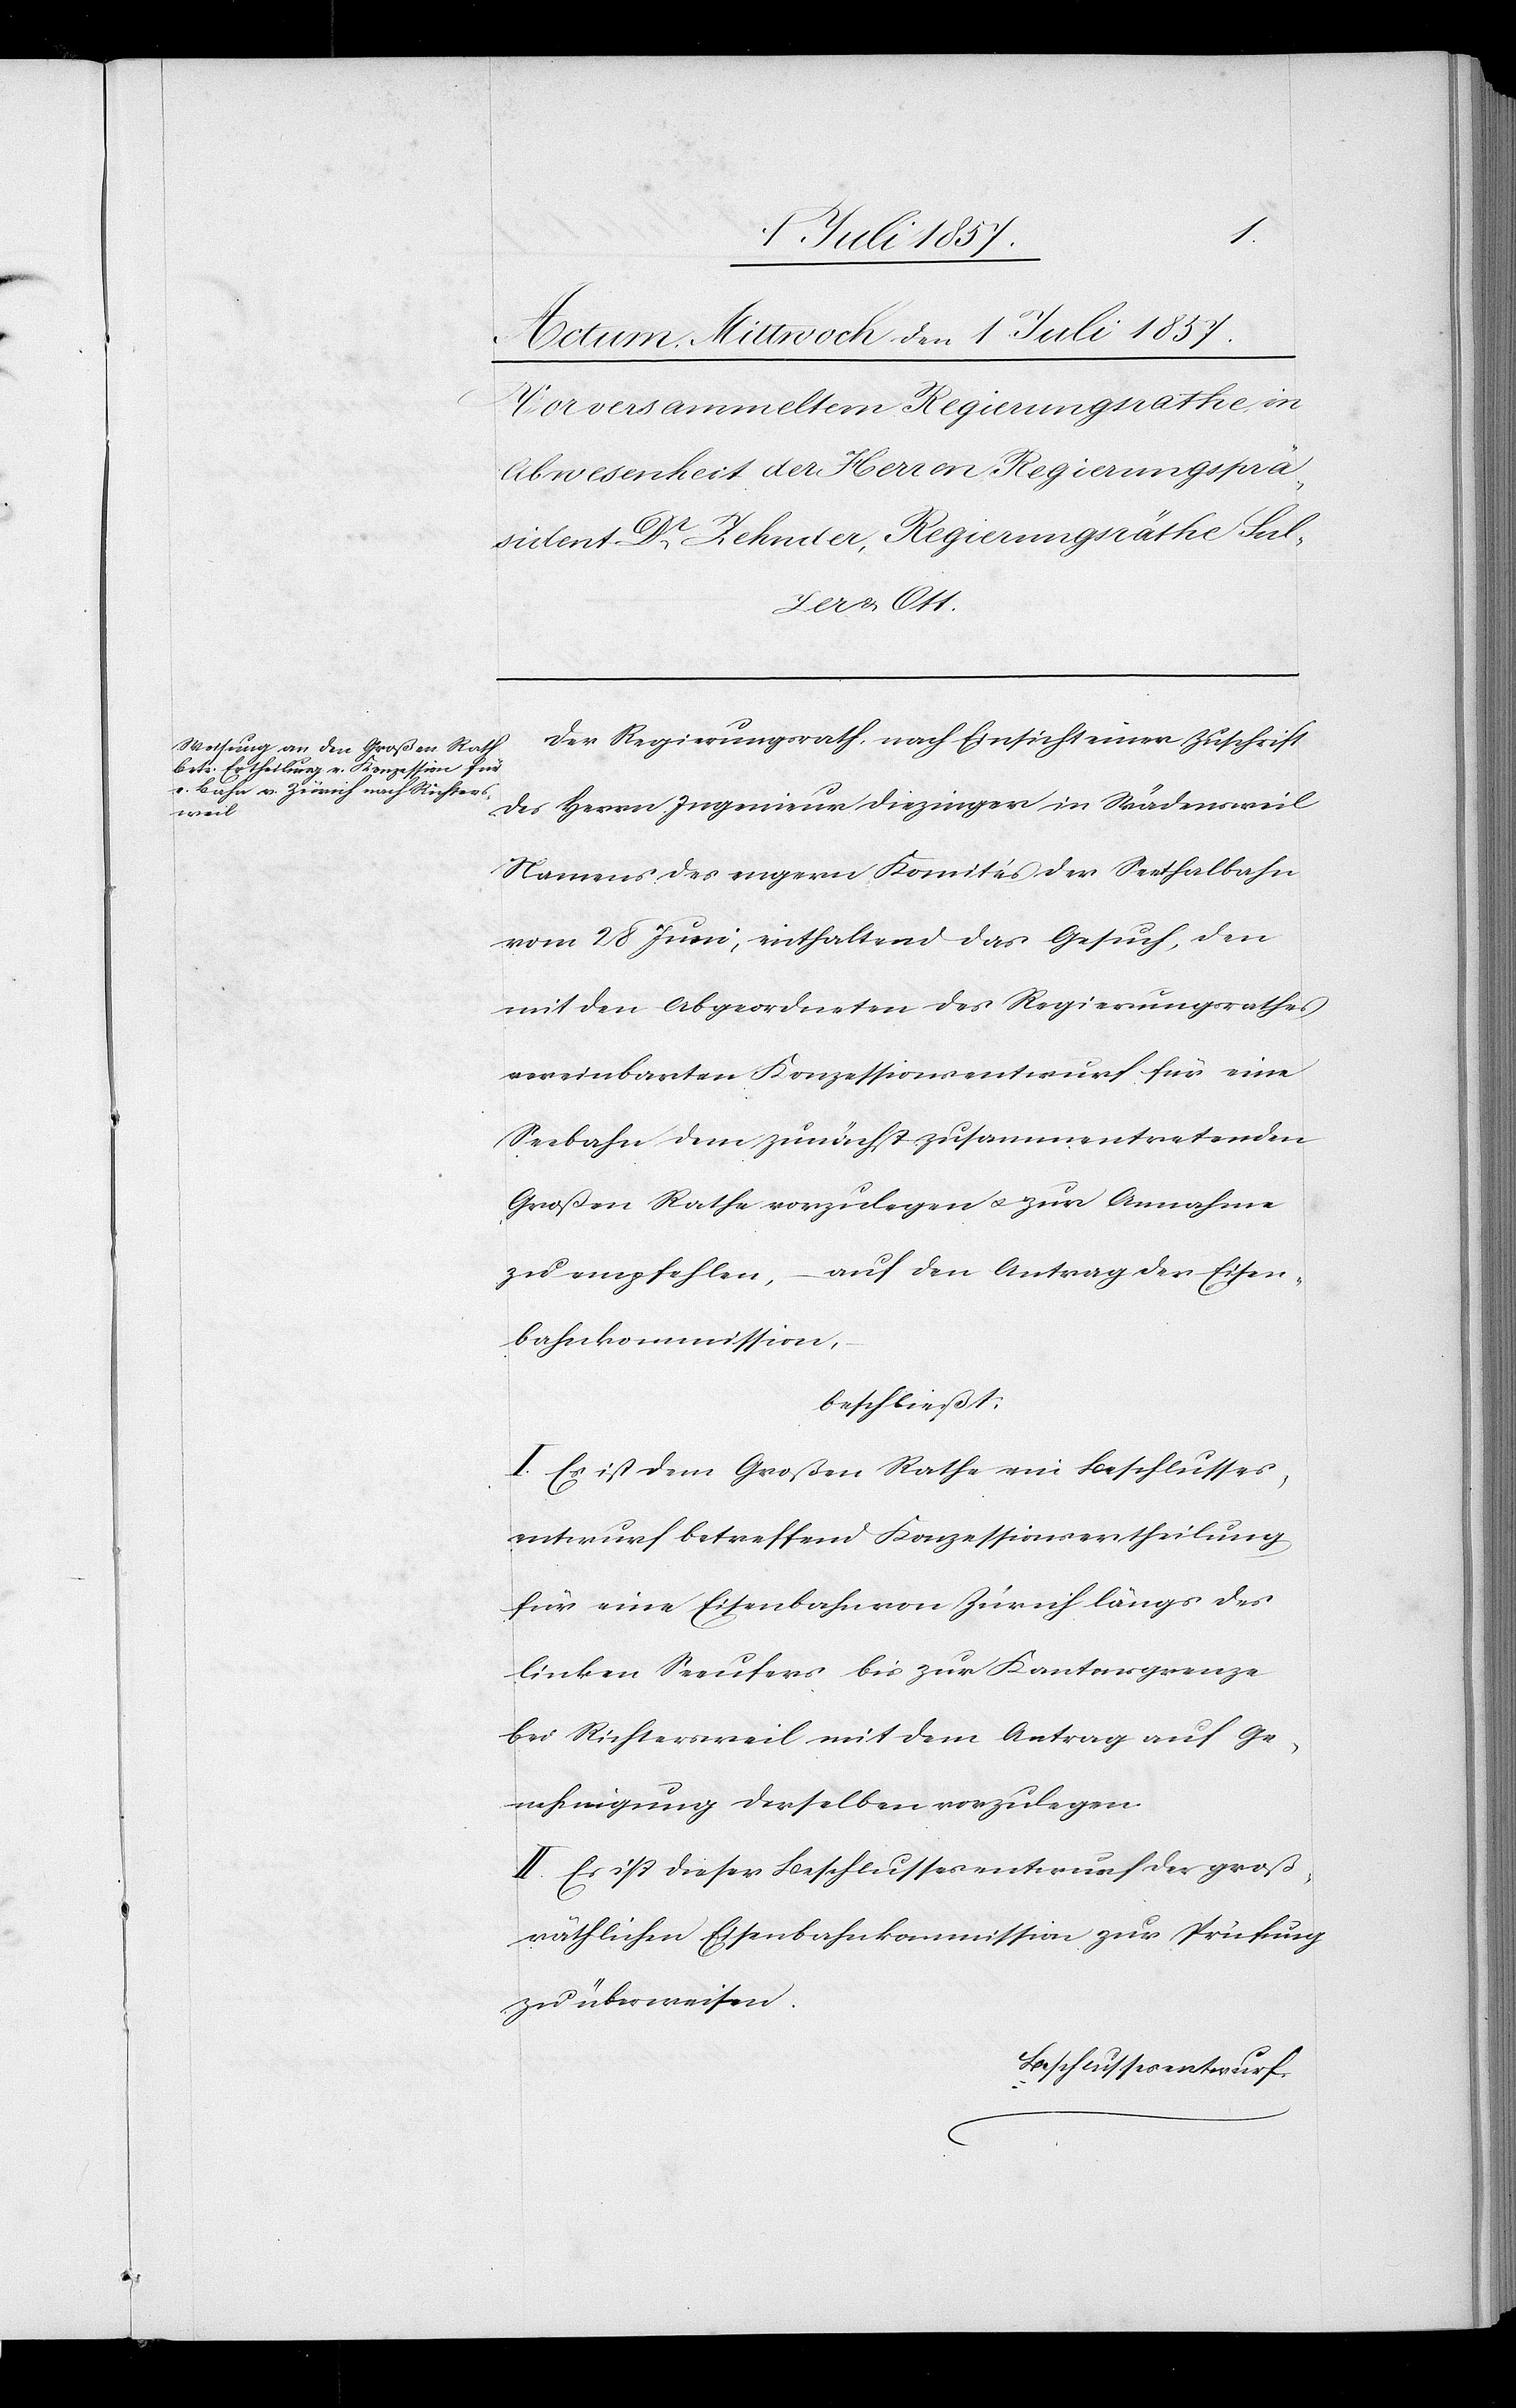
Der Regierungsrath, nach Einsicht einer Zuschrift
des Herrn Ingenieur Diezinger in Wädensweil
Namens des engern Komités der Seethalbahn
vom 28 Juni, enthaltend das Gesuch, den
mit den Abgeordneten des Regierungsrathes
vereinbarten Konzessionsentwurf für eine
Seebahn dem zunächst zusammentretenden
Großen Rathe vorzulegen & zur Annahme
zu empfehlen, auf den Antrag der Eisen¬
bahnkommission,
beschließt:
I. Es ist dem Großen Rathe ein Beschlusses¬
entwurf betreffend Konzessionsertheilung
für eine Eisenbahn von Zürich längs des
linken Seeufers bis zur Kantonsgrenze
bei Richtersweil mit dem Antrag auf Ge¬
nehmigung derselben vorzulegen.
II. Es ist dieser Beschlussesentwurf der groß¬
räthlichen Eisenbahnkommission zur Prüfung
zu überweisen.